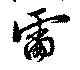
雷